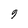
Character: 9